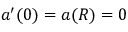
a ^ { \prime } ( 0 ) = a ( R ) = 0